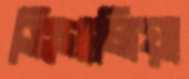
ব্রিগালিয়া